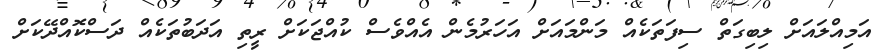
އަމިއްލައަށް ލިބިގަތް ސިފަތަކެއް މަންމައަށް އަހަރުމެން އެއްވެސް ކުއްޖަކަށް ރީތި އަދަބުތަކެއް ދަސްކޮއްދޭކަށް